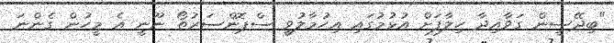
"ބިދޭސީން ގަވާއިދާ ހިލާފަށް އުޅުމުގައި އިހުމާލުވީ ސްޕޮންސަރުތޯ ނޫނީ އެ މީހުން ގެންނަ